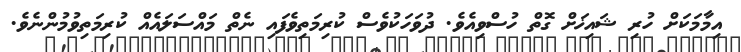
އިމާމަކަށް ހުރި ޝައިޚަށް ގޮތް ހުސްވިއެވެ. ދުވަހަކުވެސް ކުރިމަތިވެފައި ނެތް މައްސަލައެއް ކުރިމަތިވުމުންނެވެ.